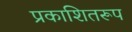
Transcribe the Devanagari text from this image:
प्रकाशितरूप